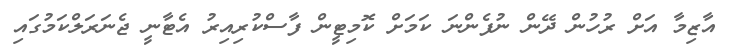
އާޒިމާ އަށް ރުހުން ދޭން ނުފެންނަ ކަމަށް ކޮމިޓީން ފާސްކުރިއިރު އެޓާނީ ޖެނަރަލްކަމުގައި